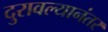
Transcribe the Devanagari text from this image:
दुरावल्यानंतर